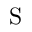
\mathrm { S }